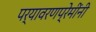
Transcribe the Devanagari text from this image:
पर्यावरणप्रेमींनी